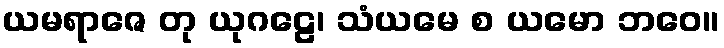
ယမရာဇေ တု ယုဂဠေ၊ သံယမေ စ ယမော ဘဝေ။